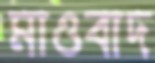
মাওবাদ